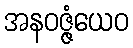
အနဝဇ္ဇံယေဝ